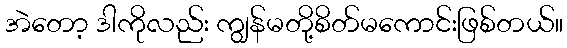
အဲတော့ ဒါကိုလည်း ကျွန်မတို့စိတ်မကောင်းဖြစ်တယ်။